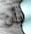
بأن